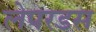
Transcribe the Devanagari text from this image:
लेपरडस